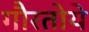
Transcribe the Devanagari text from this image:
गौरतोये